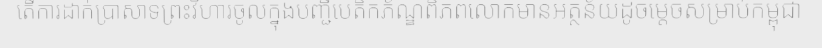
តើការដាក់ប្រាសាទព្រះវិហារចូលក្នុងបញ្ជីបេតិកភ័ណ្ឌពិភពលោកមានអត្ថន័យដូចម្តេចសម្រាប់កម្ពុជា